Some observations on the poison of the banded krait (Bungarus fasciatus) - Number 7
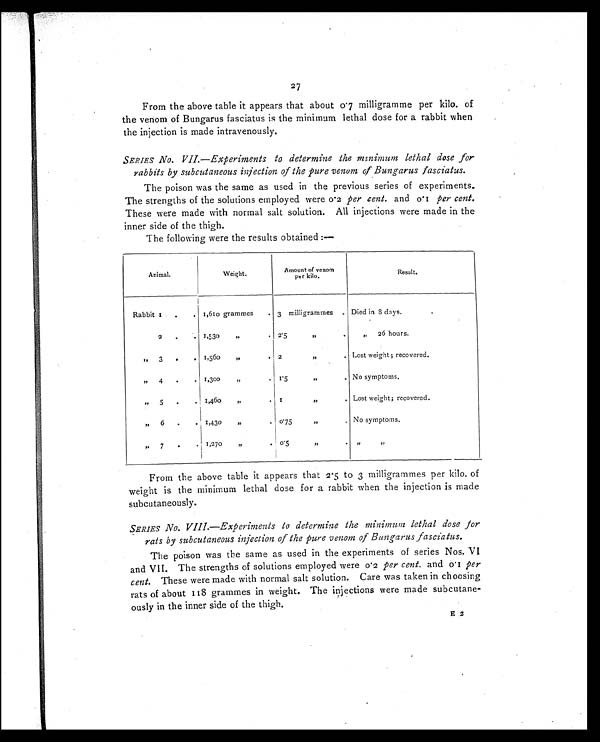
27
From the above table it appears that about 0.7 milligramme per kilo. of
the venom of Bungarus fasciatus is the minimum lethal dose for a rabbit when
the injection is made intravenously.
SERIES No. VII.—Experiments to determine the minimum lethal dose for
rabbits by subcutaneous injection of the pure venom of Bungarus fasciatus.
The poison was the same as used in the previous series of experiments.
The strengths of the solutions employed were 0.2 per cent. and 0.1 per cent.
These were made with normal salt solution. All injections were made in the
inner side of the thigh.
The following were the results obtained :—
Animal.
Weight.
Amount of venom
per kilo.
Result.
Rabbit 1
.
. 1,610 grammes
. 3 milligrammes . Died in 8 days.
2
.
. 1,530
”
. 2.5
”
.
”
26 hours.
”
3
.
. 1,560
”
. 2
”
.
Lost weight ; recovered.
” 4
.
. 1,300
”
. 1.5
”
.
No symptoms.
”
5
.
. 1,460
”
. 1
”
.
Lost weight; recovered.
”
6
.
. 1,430
”
.
0.75
”
.
No symptoms.
„
7
.
. 1,270
”
. 0.5
”
.
”
”
From the above table it appears that 2.5 to 3 milligrammes per kilo. of
weight is the minimum lethal dose for a rabbit when the injection is made
subcutaneously.
SERIES No. VIII.—Experiments to determine the minimum lethal dose for
rats by subcutaneous injection of the pure venom of Bungarus fasciatus.
The poison was the same as used in the experiments of series Nos. VI
and VII. The strengths of solutions employed were 0.2 per cent. and 0.1 per
cent. These were made with normal salt solution. Care was taken in choosing
rats of about 118 grammes in weight. The injections were made subcutane-
ously in the inner side of the thigh.
E 2